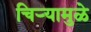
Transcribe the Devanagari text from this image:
चिऱ्यामुळे